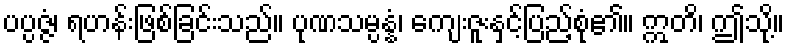
ပပ္ပဇ္ဇံ၊ ရဟန်းဖြစ်ခြင်းသည်။ ပုဏသမ္ပန္နံ၊ ကျေးဇူးနှင့်ပြည့်စုံ၏။ ဣတိ၊ ဤသို့။